Lunatic asylums Madras 1877-1891 - 1877-1891
Year: 1877
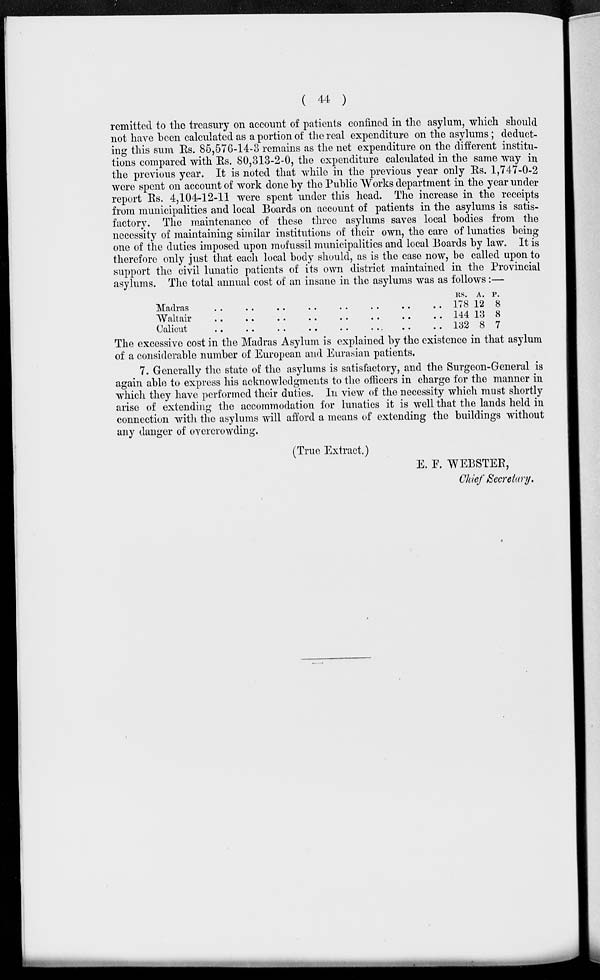
( 44 )
remitted to the treasury on account of patients confined in the asylum, which should
not have been calculated as a portion of the real expenditure on the asylums; deduct-
ing this sum Rs. 85,576-14-3 remains as the net expenditure on the different institu-
tions compared with Rs. 80,313-2-0, the expenditure calculated in the same way in
the previous year. It is noted that while in the previous year only Rs. 1,747-0-2
were spent on account of work done by the Public Works department in the year under
report Rs. 4,104-12-11 were spent under this head. The increase in the receipts
from municipalities and local Boards on account of patients in the asylums is satis-
factory. The maintenance of these three asylums saves local bodies from the
necessity of maintaining similar institutions of their own, the care of lunatics being
one of the duties imposed upon mofussil municipalities and local Boards by law. It is
therefore only just that each local body should, as is the case now, be called upon to
support the civil lunatic patients of its own district maintained in the Provincial
asylums. The total annual cost of an insane in the asylums was as follows:—
Madras
..
..
..
..
..
.. .. ..
Walter .. .. .. .. .. .. .. ..
Calicut .. .. .. .. .. .. .. ..
RS.
178
144
132
A.
12
13
8
P.
8
8
7
The excessive cost in the Madras Asylum is explained by the existence in that asylum
of a considerable number of European and Eurasian patients.
7. Generally the state of the asylums is satisfactory, and the Surgeon-General is
again able to express his acknowledgments to the officers in charge for the manner in
which they have performed their duties. In view of the necessity which must shortly
arise of extending the accommodation for lunatics it is well that the lands held in
connection with the asylums will afford a means of extending the buildings without
any danger of overcrowding.
(True Extract.)
E. F. WEBSTER,
Chief Secretary.